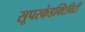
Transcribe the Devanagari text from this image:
सूपरकंडक्टिविटी